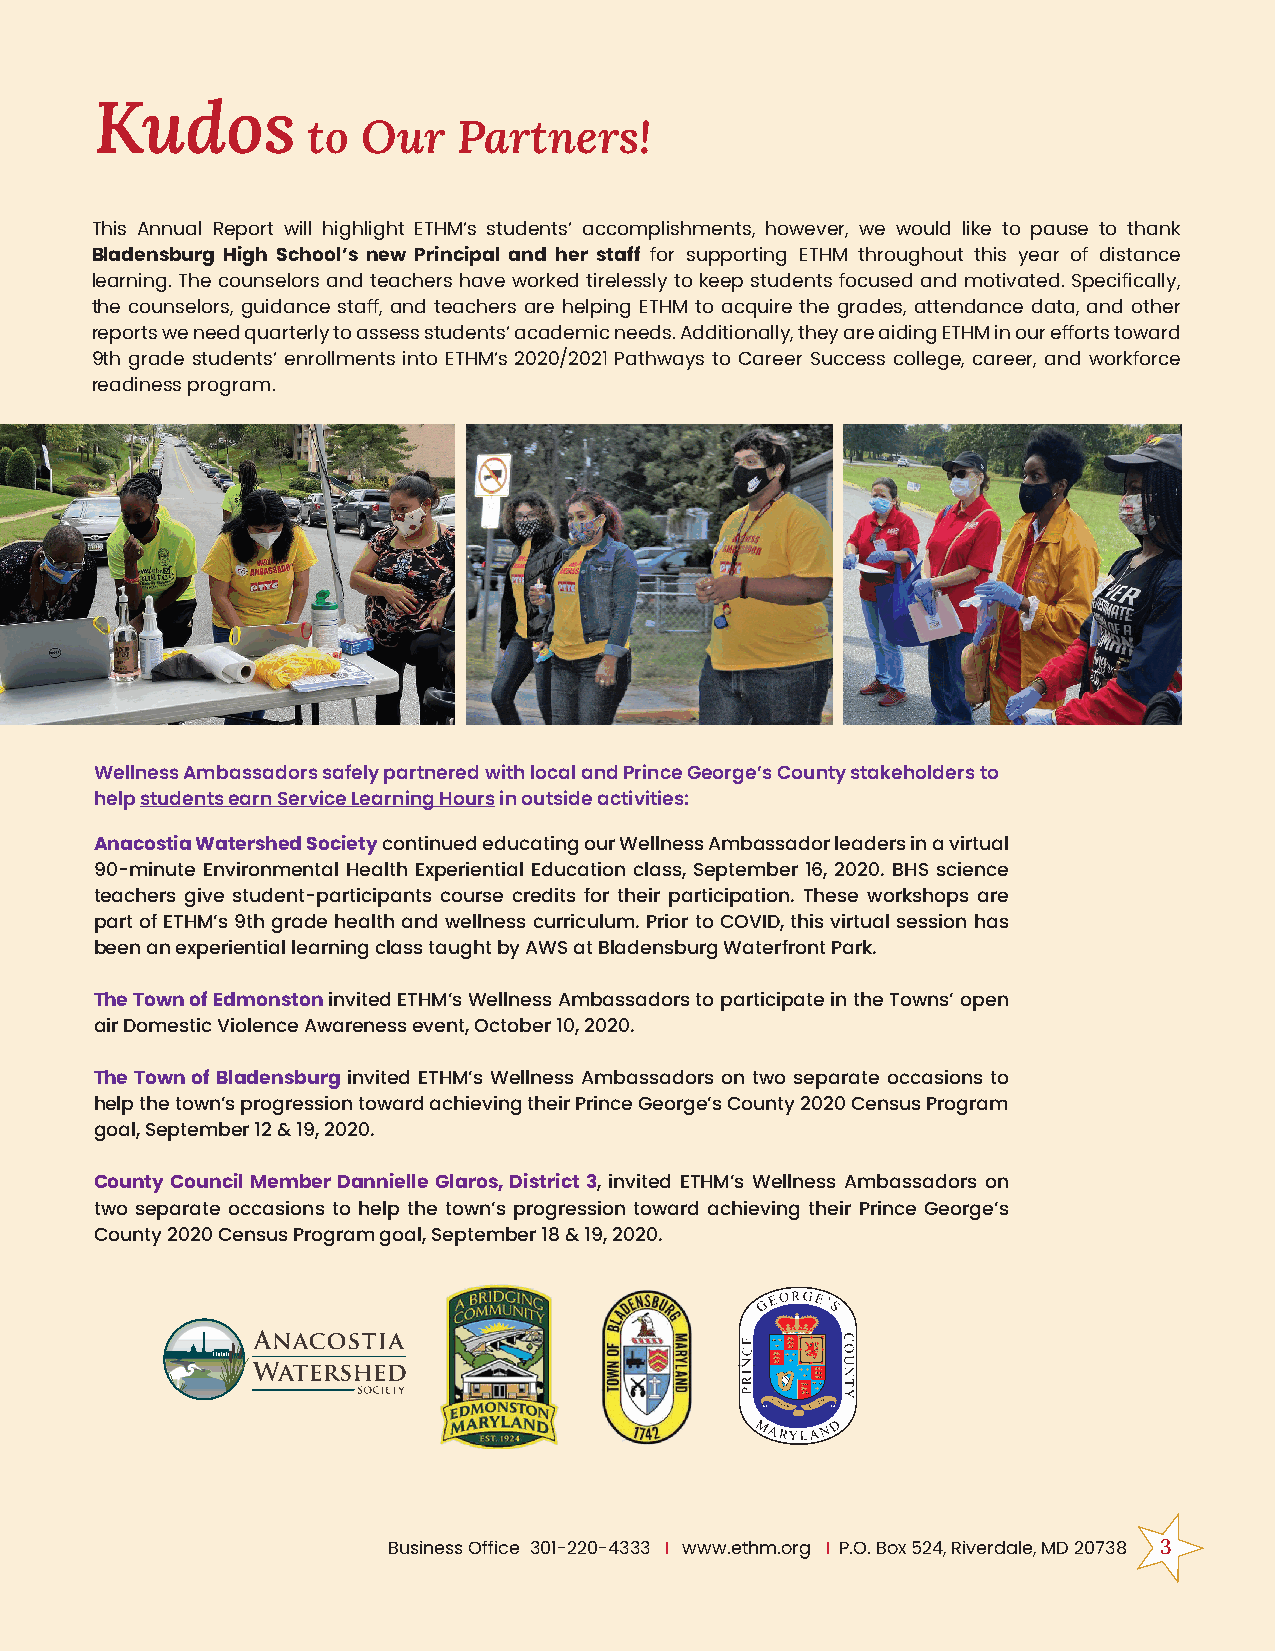
Kudos
 to  Our   Partners!
 This Annual Report will highlight ETHM’s students’ accomplishments, however, we would like to pause to thank
 Bladensburg High School’s new Principal and her staff for supporting ETHM throughout this year of distance
 learning. The counselors and teachers have worked tirelessly to keep students focused and motivated. Specifically,
 the counselors, guidance staff, and teachers are helping ETHM to acquire the grades, attendance data, and other
 reports we need quarterly to assess students’ academic needs. Additionally, they are aiding ETHM in our efforts toward
 9th grade students’ enrollments into ETHM’s 2020/2021 Pathways to Career Success college, career, and workforce
 readiness program.
 Wellness Ambassadors safely partnered with local and Prince George’s County stakeholders to
 help students earn Service Learning Hours in outside activities:
 Anacostia Watershed Society continued educating our Wellness Ambassador leaders in a virtual
 90-minute Environmental Health Experiential Education class, September 16, 2020. BHS science
 teachers give student-participants course credits for their participation. These workshops are
 part of ETHM’s 9th grade health and wellness curriculum. Prior to COVID, this virtual session has
 been an experiential learning class taught by AWS at Bladensburg Waterfront Park.
 The Town of Edmonston invited ETHM’s Wellness Ambassadors to participate in the Towns’ open
 air Domestic Violence Awareness event, October 10, 2020.
 The Town of Bladensburg invited ETHM’s Wellness Ambassadors on two separate occasions to
 help the town’s progression toward achieving their Prince George’s County 2020 Census Program
 goal, September 12 & 19, 2020.
 County Council Member Dannielle Glaros, District 3, invited ETHM’s Wellness Ambassadors on
 two separate occasions to help the town’s progression toward achieving their Prince George’s
 County 2020 Census Program goal, September 18 & 19, 2020.
 3
 Business Office 301-220-4333 I www.ethm.org I P.O. Box 524, Riverdale, MD 20738